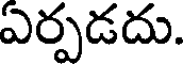
ఎర్పడదు.